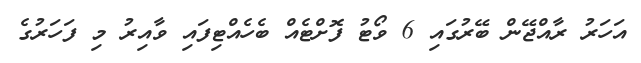
އަހަރު ރާއްޖޭން ބޭރުގައި 6 ވޯޓު ފޮށްޓެއް ބެހެއްޓިފައި ވާއިރު މި ފަހަރުގެ